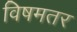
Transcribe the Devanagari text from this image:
विषमतर